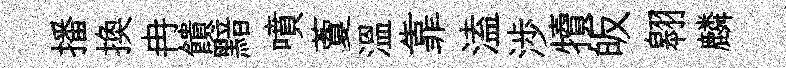
播换冉饋黯噴藑温靠溘渉犢皈翱麟